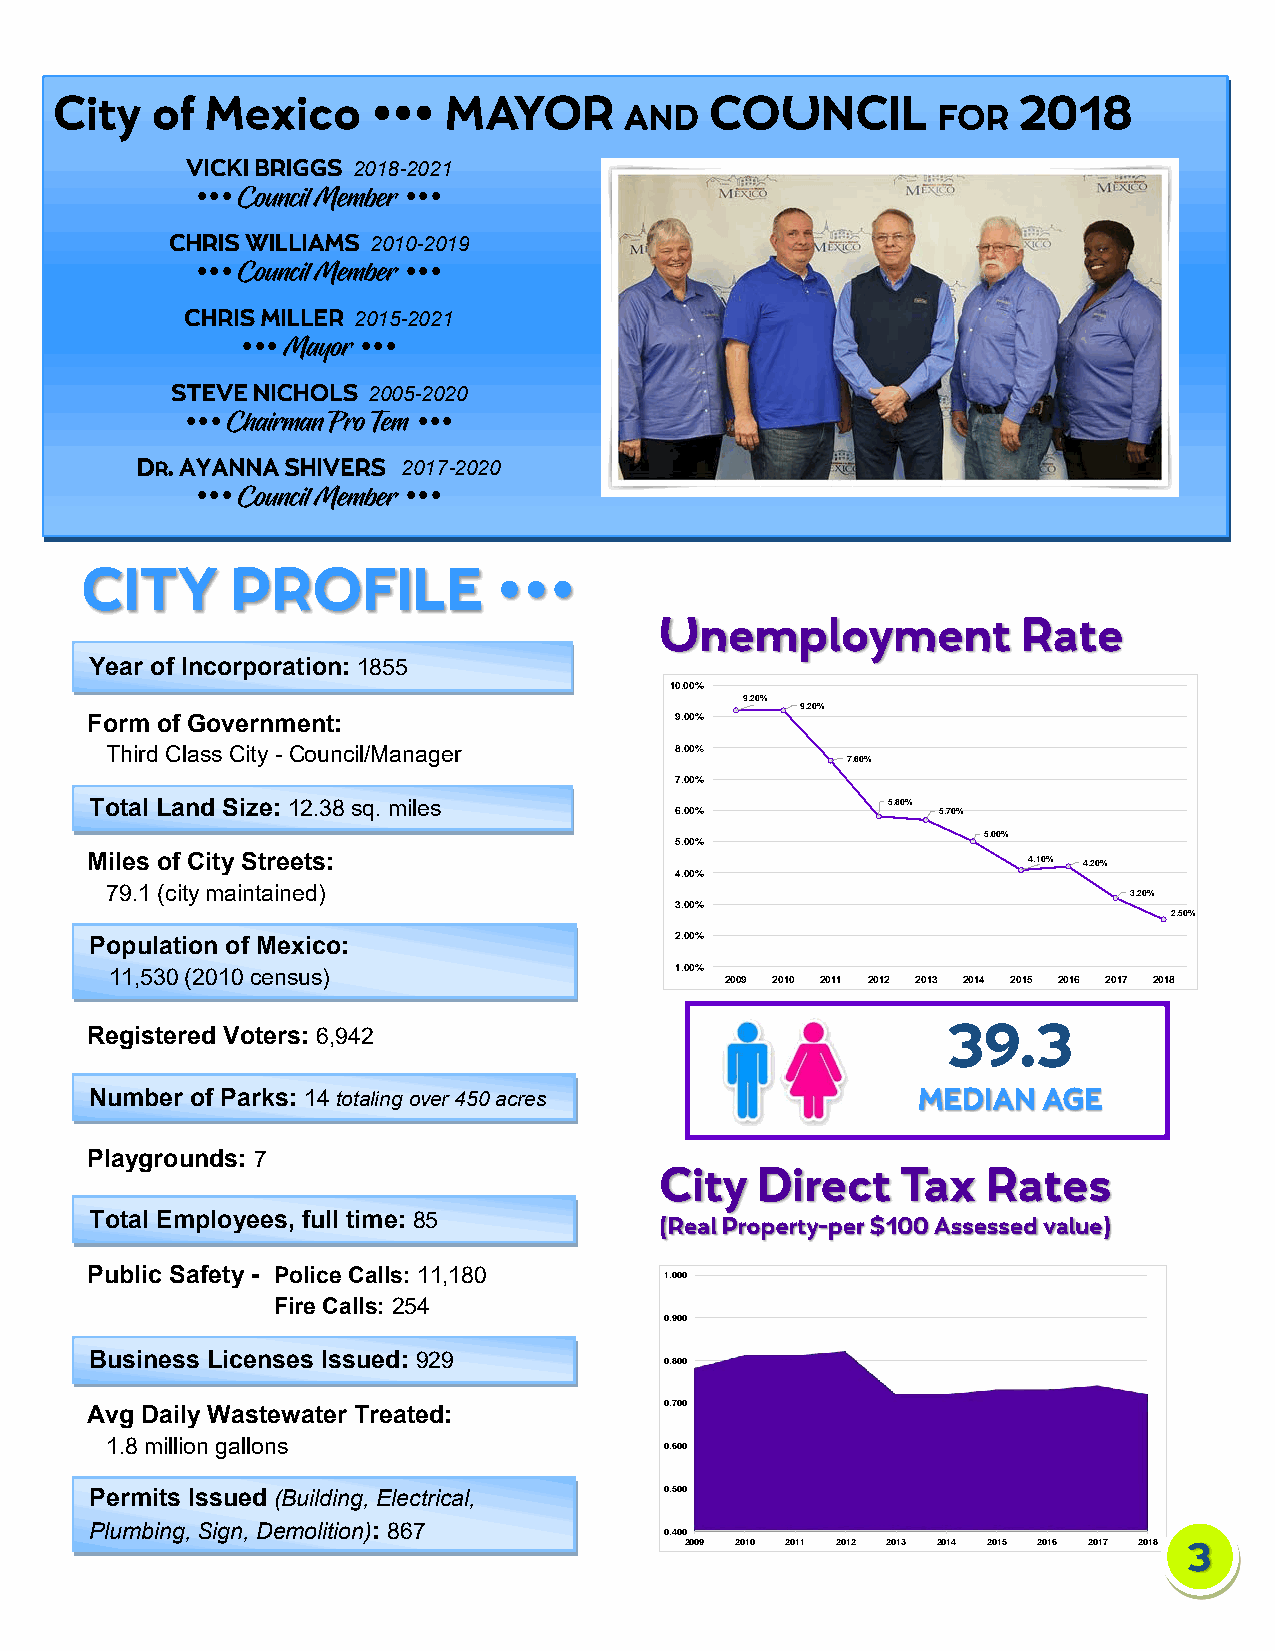

 2018-2021
            
 2010-2019
            
 2015-2021
      
 2005-2020
              
 2017-2020
            
 
 Year of Incorporation: 1855
 10.00%
 9.20%
 9.20%
 Form of Government:                    9.00%
 Third Class City - Council/Manager    8.00%
 7.60%
 7.00%
 Total Land Size: 12.38 sq. miles                     5.80%
 6.00%            5.70%
 5.00%
 5.00%
 Miles of City Streets:                                        4.10% 4.20%
 4.00%
 79.1 (city maintained)                                              3.20%
 3.00%
 2.50%
 Population of Mexico:                  2.00%
 11,530 (2010 census)                  1.00%
 2009 2010 2011 2012 2013 2014 2015 2016 2017 2018
 Registered Voters: 6,942
 Number of Parks: 14 totaling over 450 acres
 Playgrounds: 7
 Total Employees, full time: 85
 Public Safety - Police Calls: 11,180
 1.000
 Fire Calls: 254
 0.900
 Business Licenses Issued: 929
 0.800
 Avg Daily Wastewater Treated:         0.700
 1.8 million gallons
 0.600
 Permits Issued (Building, Electrical, 0.500
 Plumbing, Sign, Demolition): 867
 0.400
 2009 2010 2011 2012 2013 2014 2015 2016 2017 2018